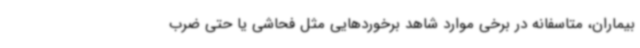
بیماران، متاسفانه در برخی موارد شاهد برخوردهایی مثل فحاشی یا حتی ضرب